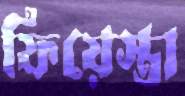
ফিয়েস্তা